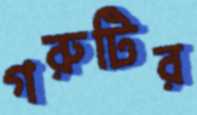
গরুটির